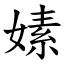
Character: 嫊